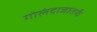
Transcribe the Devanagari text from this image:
गोलंदाजातर्फे